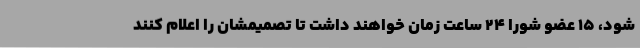
شود، 15 عضو شورا 24 ساعت زمان خواهند داشت تا تصمیمشان را اعلام کنند